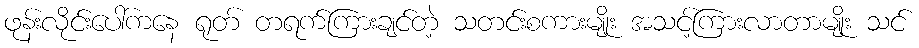
ဖုန်းလိုင်းပေါ်ကနေ ရုတ် တရက်ကြားချင်တဲ့ သတင်းစကားမျိုး အသင့်ကြားလာတာမျိုး သင်